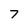
Character: 7